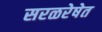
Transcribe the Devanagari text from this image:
सरळरेषेत